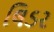
લિડર